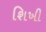
શિખી